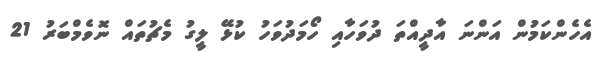
އެހެންކަމުން އަންނަ އާދީއްތަ ދުވަހާއި ހޯމަދުވަހު ކުޅޭ ލީގު މެޗުތައް ނޮވެމްބަރު 21